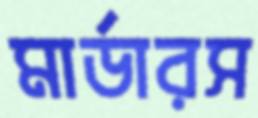
মার্ডারস